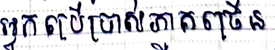
អ្នកប្រើប្រាស់ភាគច្រើន